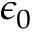
\epsilon _ { 0 }